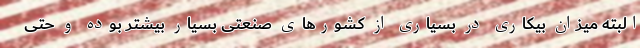
البته میزان بیکاری در بسیاری از کشورهای صنعتی بسیار بیشتر بوده و حتی